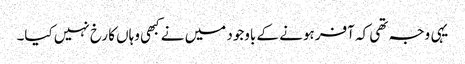
یہی وجہ تھی کہ آفر ہونے کے باوجود میں نے کبھی وہاں کا رخ نہیں کیا۔